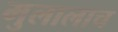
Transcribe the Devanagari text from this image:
मुलालाच